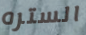
الستره